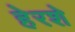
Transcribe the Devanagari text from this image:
हेरशे